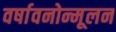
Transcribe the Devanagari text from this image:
वर्षावनोन्मूलन